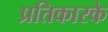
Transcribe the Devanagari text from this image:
प्रतिकारके